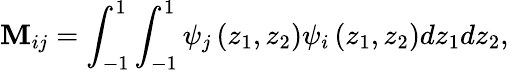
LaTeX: \mathbf{M}_{ij}=\int_{-1}^{1}\int_{-1}^{1}\psi_{j}\left(z_{1},z_{2}\right)\psi_{i}\left(z_{1},z_{2}\right)dz_{1}dz_{2},